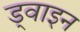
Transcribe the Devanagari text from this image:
ड्वाइन